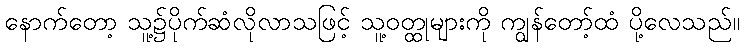
နောက်တော့ သူ့၌ပိုက်ဆံလိုလာသဖြင့် သူ့ဝတ္ထုများကို ကျွန်တော့်ထံ ပို့လေသည်။